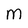
Character: M